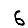
Digit: 6